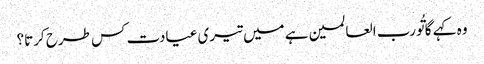
وہ کہے گا تُورب العالمین ہے میں تیری عیادت کس طرح کرتا؟